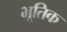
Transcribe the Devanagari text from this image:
भूतिक